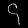
Digit: ၄